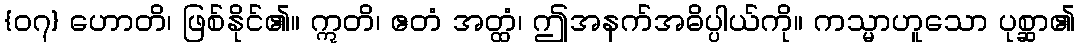
{၀၇} ဟောတိ၊ ဖြစ်နိုင်၏။ ဣတိ၊ ဧတံ အတ္ထံ၊ ဤအနက်အဓိပ္ပါယ်ကို။ ကသ္မာဟူသော ပုစ္ဆာ၏